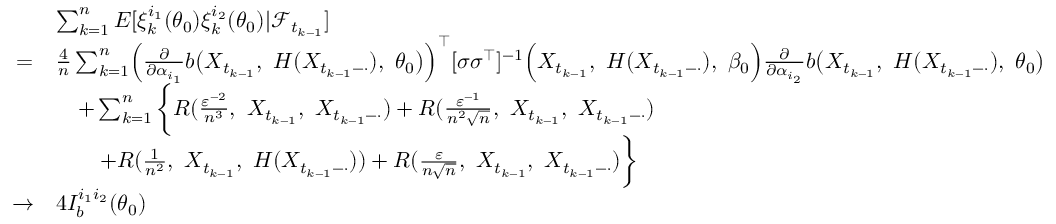
\begin{array} { r l } & { \sum _ { k = 1 } ^ { n } E [ \xi _ { k } ^ { i _ { 1 } } ( \theta _ { 0 } ) \xi _ { k } ^ { i _ { 2 } } ( \theta _ { 0 } ) | \mathcal { F } _ { t _ { k - 1 } } ] } \\ { = } & { \frac { 4 } { n } \sum _ { k = 1 } ^ { n } \Bigl ( \frac { \partial } { \partial \alpha _ { i _ { 1 } } } b \bigl ( X _ { t _ { k - 1 } } , ~ H ( X _ { t _ { k - 1 } - \cdot } ) , ~ \theta _ { 0 } \bigr ) \Bigr ) ^ { \top } [ \sigma \sigma ^ { \top } ] ^ { - 1 } \Bigl ( X _ { t _ { k - 1 } } , ~ H ( X _ { t _ { k - 1 } - \cdot } ) , ~ \beta _ { 0 } \Bigr ) \frac { \partial } { \partial \alpha _ { i _ { 2 } } } b \bigl ( X _ { t _ { k - 1 } } , ~ H ( X _ { t _ { k - 1 } - \cdot } ) , ~ \theta _ { 0 } \bigr ) } \\ & { \quad + \sum _ { k = 1 } ^ { n } \bigg \{ R ( \frac { \varepsilon ^ { - 2 } } { n ^ { 3 } } , ~ X _ { t _ { k - 1 } } , ~ X _ { t _ { k - 1 } - \cdot } ) + R ( \frac { \varepsilon ^ { - 1 } } { n ^ { 2 } \sqrt { n } } , ~ X _ { t _ { k - 1 } } , ~ X _ { t _ { k - 1 } - \cdot } ) } \\ & { \qquad + R ( \frac { 1 } { n ^ { 2 } } , ~ X _ { t _ { k - 1 } } , ~ H ( X _ { t _ { k - 1 } - \cdot } ) ) + R ( \frac { \varepsilon } { n \sqrt { n } } , ~ X _ { t _ { k - 1 } } , ~ X _ { t _ { k - 1 } - \cdot } ) \bigg \} } \\ { \rightarrow } & { 4 I _ { b } ^ { i _ { 1 } i _ { 2 } } ( \theta _ { 0 } ) } \end{array}